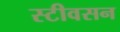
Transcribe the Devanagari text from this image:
स्टीवसन